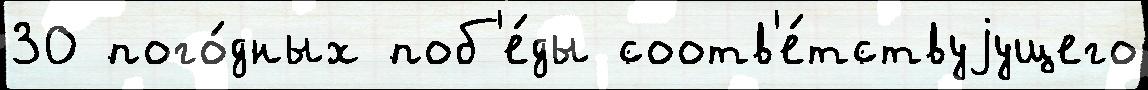
30 пого́дных поб'е́ды соотв'е́тствуjущего